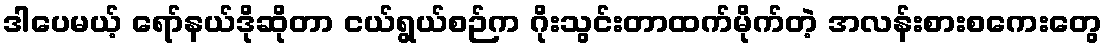
ဒါပေမယ့် ရော်နယ်ဒိုဆိုတာ ငယ်ရွယ်စဉ်က ဂိုးသွင်းတာထက်မိုက်တဲ့ အလန်းစားစကေးတွေ